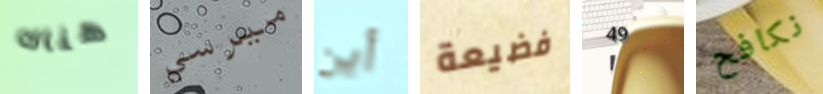
هناك ميرسي أين فضيعة 49 نكافح